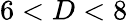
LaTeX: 6<D<8